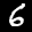
Label: 6